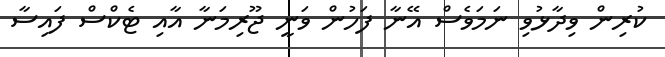
ކުރިން ވިދާޅުވި ނަމަވެސް އޭނާ ފަހުން ވަނީ ޖޫރިމަނާ އާއި ޓެކްސް ފައިސާ